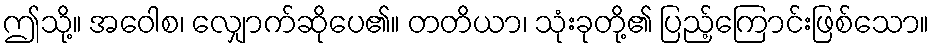
ဤသို့။ အဝေါစ၊ လျှောက်ဆိုပေ၏။ တတိယာ၊ သုံးခုတို့၏ ပြည့်ကြောင်းဖြစ်သော။